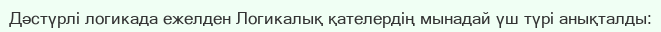
Дәстүрлі логикада ежелден Логикалық қателердің мынадай үш түрі анықталды: